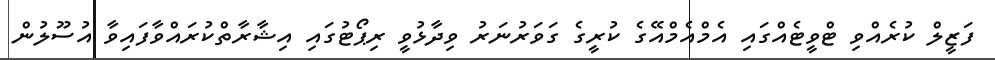
ފަޒީލް ކުރެއްވި ޓްވީޓެއްގައި އެމްއެމްއޭގެ ކުރީގެ ގަވަރުނަރު ވިދާޅުވީ ރިޕޯޓުގައި އިޝާރާތްކުރައްވާފައިވާ އުސޫލުން